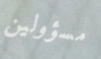
مسؤولين